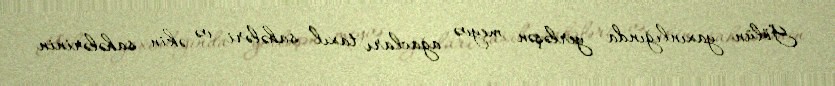
Gölün yaxınlığında yerləşən meyvə ağacları taxıl sahələri və əkin sahələrinin